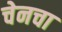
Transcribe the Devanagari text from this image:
चेनचा